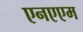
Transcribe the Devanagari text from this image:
एनएएम